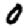
Digit: 0